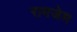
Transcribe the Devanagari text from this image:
रामजेम